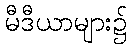
မီဒီယာများ၌